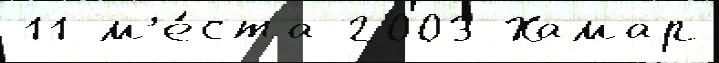
11 м'е́ста 2003 Хамар